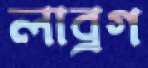
লাব্রগ